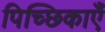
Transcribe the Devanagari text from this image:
पिच्छिकाएँ